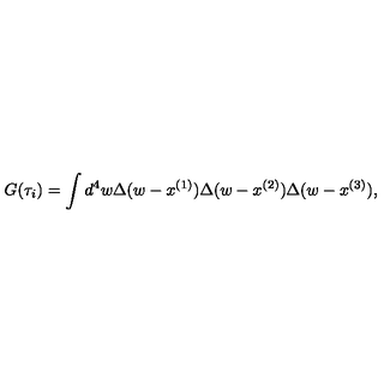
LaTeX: G ( \tau _ { i } ) = \int d ^ { 4 } w \Delta ( w - x ^ { ( 1 ) } ) \Delta ( w - x ^ { ( 2 ) } ) \Delta ( w - x ^ { ( 3 ) } ) ,